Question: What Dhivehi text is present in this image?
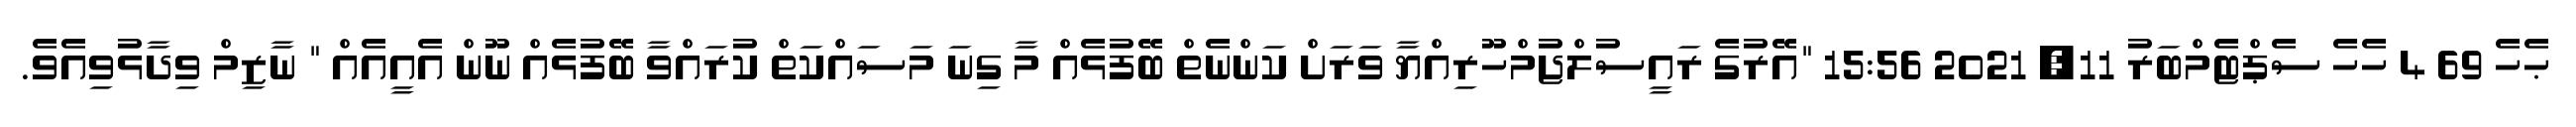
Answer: ޙެހެ 69 4 ހެހެ ސެޕްޓެމްބަރު 11, 2021 15:56 "އޭރުގެ ރައީސުލްޖުމްހޫރިއްޔާ ވަރަށް ކަންނެތް ބޭފުޅެއް މާ ގިނަ މަސައްކަތް ކުރައްވާ ބޭފުޅެއް ނޫން އެއީއެއް " ނާޒިމް ވިދާޅުވިއެވެ.